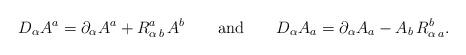
LaTeX: \begin{align*} D_\alpha A^a = \partial_\alpha A^a + R_{\alpha \,b}^a\, A^b \qquad \mathrm{and} \qquad D_\alpha A_a = \partial_\alpha A_a - A_b \, R_{\alpha \,a}^b .\end{align*}